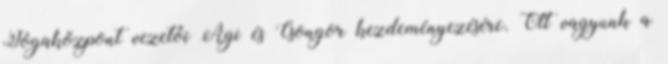
Jógaközpont vezetői Ági és Csongor kezdeményezésére. Ott vagyunk a